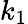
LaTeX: k_{1}